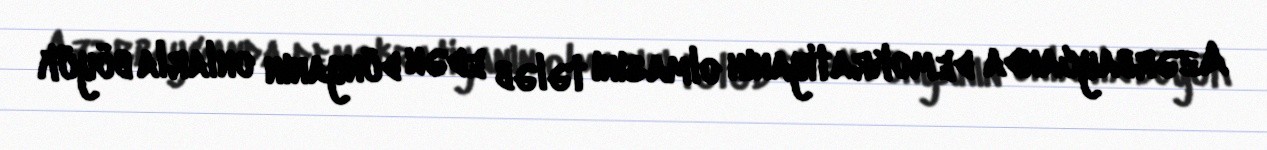
Azərbaycanda demokratiyanın olmasını tələb edən dünyanın onlarla böyük